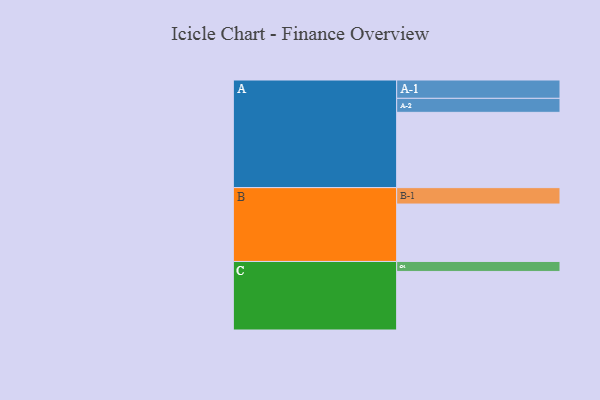
{"axis": {"x": "Segment", "y": "Value"}, "legend": ["", "A", "B", "C"], "data": [{"x": "A", "y": 468, "type": ""}, {"x": "B", "y": 357, "type": ""}, {"x": "C", "y": 364, "type": ""}, {"x": "A-1", "y": 114, "type": "A"}, {"x": "A-2", "y": 87, "type": "A"}, {"x": "B-1", "y": 102, "type": "B"}, {"x": "C-1", "y": 62, "type": "C"}]}